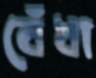
বেঁধা